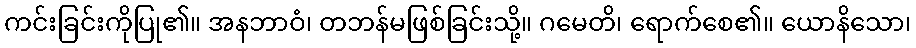
ကင်းခြင်းကိုပြု၏။ အနဘာဝံ၊ တဘန်မဖြစ်ခြင်းသို့။ ဂမေတိ၊ ရောက်စေ၏။ ယောနိသော၊